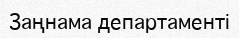
Заңнама департаменті